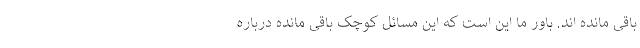
باقی مانده اند. باور ما این است که این مسائل کوچک باقی مانده درباره